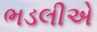
ભડલીએ